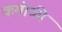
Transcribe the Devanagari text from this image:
कमोकी